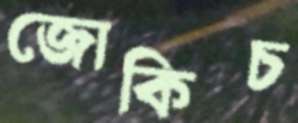
জোকিচ